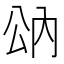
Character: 𰃠